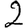
Digit: 2